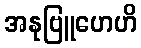
အနုဗြူဟေဟိ